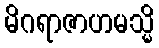
မိဂရာဇာဟမသ္မိ